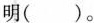
明()。